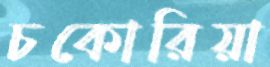
চকোরিয়া